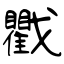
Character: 戵